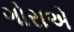
ગોરાએ